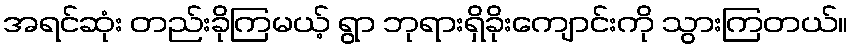
အရင်ဆုံး တည်းခိုကြမယ့် ရွာ ဘုရားရှိခိုးကျောင်းကို သွားကြတယ်။